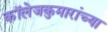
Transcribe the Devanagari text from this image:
कॉलेजकुमारांच्या